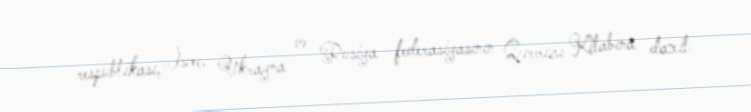
respublikası, İsveç, Ukrayna və Rusiya federasiyasının Qırmızı Kitabına daxil